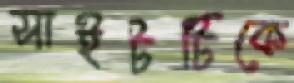
সাইটটিকে